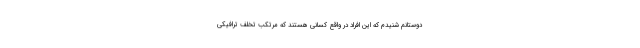
دوستانم شنیدم که این افراد در واقع کسانی هستند که مرتکب تخلف ترافیکی